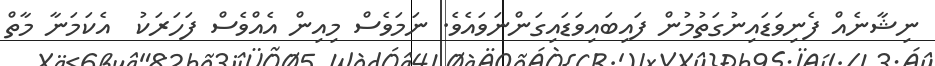
ނިޝާނެއް ފެނިވަޑައިނުގަތުމުން ފައިބައިވަޑައިގަންނަވައެވެ. ނަމަވެސް މިއިން އެއްވެސް ފަހަރަކު  އެކަމަނާ މާތް